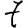
Digit: 7